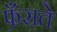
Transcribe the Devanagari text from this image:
फ़ँसते